Indian journal of veterinary science and animal husbandry - Volumes 18-21, 1948-1951
Year: 1948
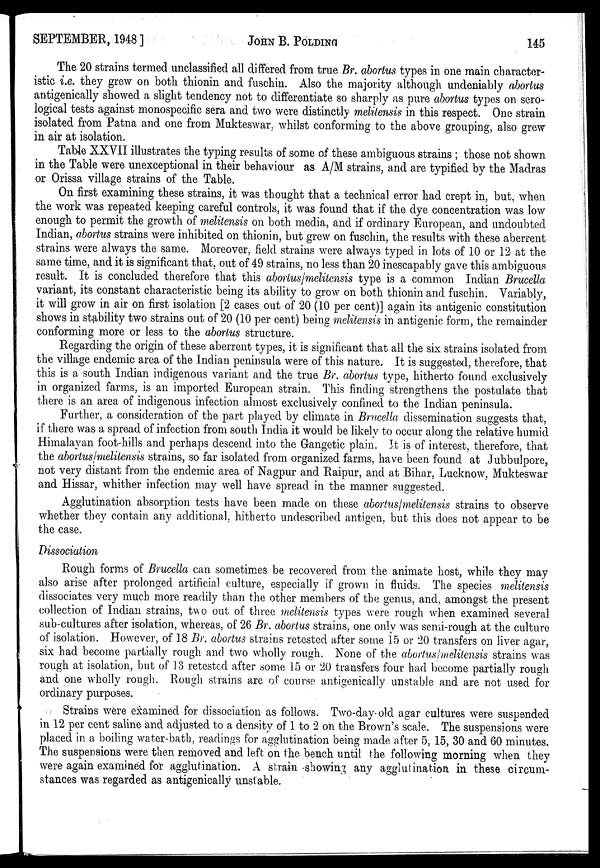
SEPTEMBER, 1948]
JOHN
B.
POLDING
145
The 20 strains termed unclassified all differed from true Br. abortus types in one main character-
istic i.e. they grew on both thionin and fuschin. Also the majority although undeniably abortus
antigenically showed a slight tendency not to differentiate so sharply as pure abortus types on sero-
logical tests against monospecific sera and two were distinctly melitensis in this respect. One strain
isolated from Patna and one from Mukteswar, whilst conforming to the above grouping, also grew
in air at isolation.
Table XXVII illustrates the typing results of some of these ambiguous strains ; those not shown
in the Table were unexceptional in their behaviour as A/M strains, and are typified by the Madras
or Orissa village strains of the Table.
On first examining these strains, it was thought that a technical error had crept in, but, when
the work was repeated keeping careful controls, it was found that if the dye concentration was low
enough to permit the growth of melitensis on both media, and if ordinary European, and undoubted
Indian, abortus strains were inhibited on thionin, but grew on fuschin, the results with these aberrent
strains were always the same. Moreover, field strains were always typed in lots of 10 or 12 at the
same time, and it is significant that, out of 49 strains, no less than 20 inescapably gave this ambiguous
result. It is concluded therefore that this abortus/melitensis type is a common Indian Brucella
variant, its constant characteristic being its ability to grow on both thionin and fuschin. Variably,
it will grow in air on first isolation [2 cases out of 20 (10 per cent)] again its antigenic constitution
shows in stability two strains out of 20 (10 per cent) being melitensis in antigenic form, the remainder
conforming more or less to the abortus structure.
Regarding the origin of these aberrent types, it is significant that all the six strains isolated from
the village endemic area of the Indian peninsula were of this nature. It is suggested, therefore, that
this is a south Indian indigenous variant and the true Br. abortus type, hitherto found exclusively
in organized farms, is an imported European strain. This finding strengthens the postulate that
there is an area of indigenous infection almost exclusively confined to the Indian peninsula.
Further, a consideration of the part played by climate in Brucella dissemination suggests that,
if there was a spread of infection from south India it would be likely to occur along the relative humid
Himalayan foot-hills and perhaps descend into the Gangetic plain. It is of interest, therefore, that
the abortus/melitensis strains, so far isolated from organized farms, have been found at Jubbulpore,
not very distant from the endemic area of Nagpur and Raipur, and at Bihar, Lucknow, Mukteswar
and Hissar, whither infection may well have spread in the manner suggested.
Agglutination absorption tests have been made on these abortus/melitensis strains to observe
whether they contain any additional, hitherto undescribed antigen, but this does not appear to be
the case.
Dissociation
Rough forms of Brucella can sometimes be recovered from the animate host, while they may
also arise after prolonged artificial culture, especially if grown in fluids. The species melitensis
dissociates very much more readily than the other members of the genus, and amongst the present
collection of Indian strains, two out of three melitensis types were rough when examined several
sub-cultures after isolation, whereas, of 26 Br. abortus strains, one only was semi-rough at the culture
of isolation. However, of 18 Br. abortus strains retested after some 15 or 20 transfers on liver agar,
six had become partially rough and two wholly rough. None of the abortus/melitensis strains was
rough at isolation, but of 13 retested after some 15 or 20 transfers four had become partially rough
and one wholly rough. Rough strains are of course antigenically unstable and are not used for
ordinary purposes.
Strains were examined for dissociation as follows. Two-day old agar cultures were suspended
in 12 per cent saline and adjusted to a density of 1 to 2 on the Brown's scale. The suspensions were
placed in a boiling water-bath, readings for agglutination being made after 5, 15, 30 and 60 minutes.
The suspensions were then removed and left on the bench until the following morning when they
were again examined for agglutination. A strain showing any agglutination in these circum-
stances was regarded as antigenically unstable.